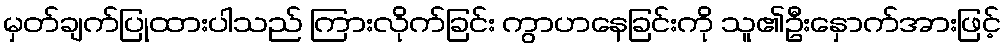
မှတ်ချက်ပြုထားပါသည် ကြားလိုက်ခြင်း ကွာဟနေခြင်းကို သူ၏ဦးနှောက်အားဖြင့်